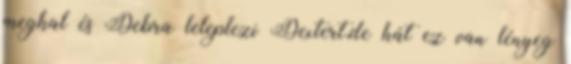
meghal és Debra leleplezi Dextert,de hát ez van lényeg